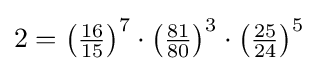
\textstyle 2={\left({\frac {16}{15}}\right)}^{7}\cdot {\left({\frac {81}{80}}\right)}^{3}\cdot {\left({\frac {25}{24}}\right)}^{5}